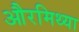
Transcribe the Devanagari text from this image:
औरमिथ्या